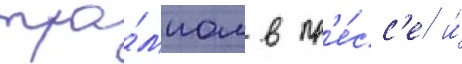
тра́мпом в пр'е́сс'е и́